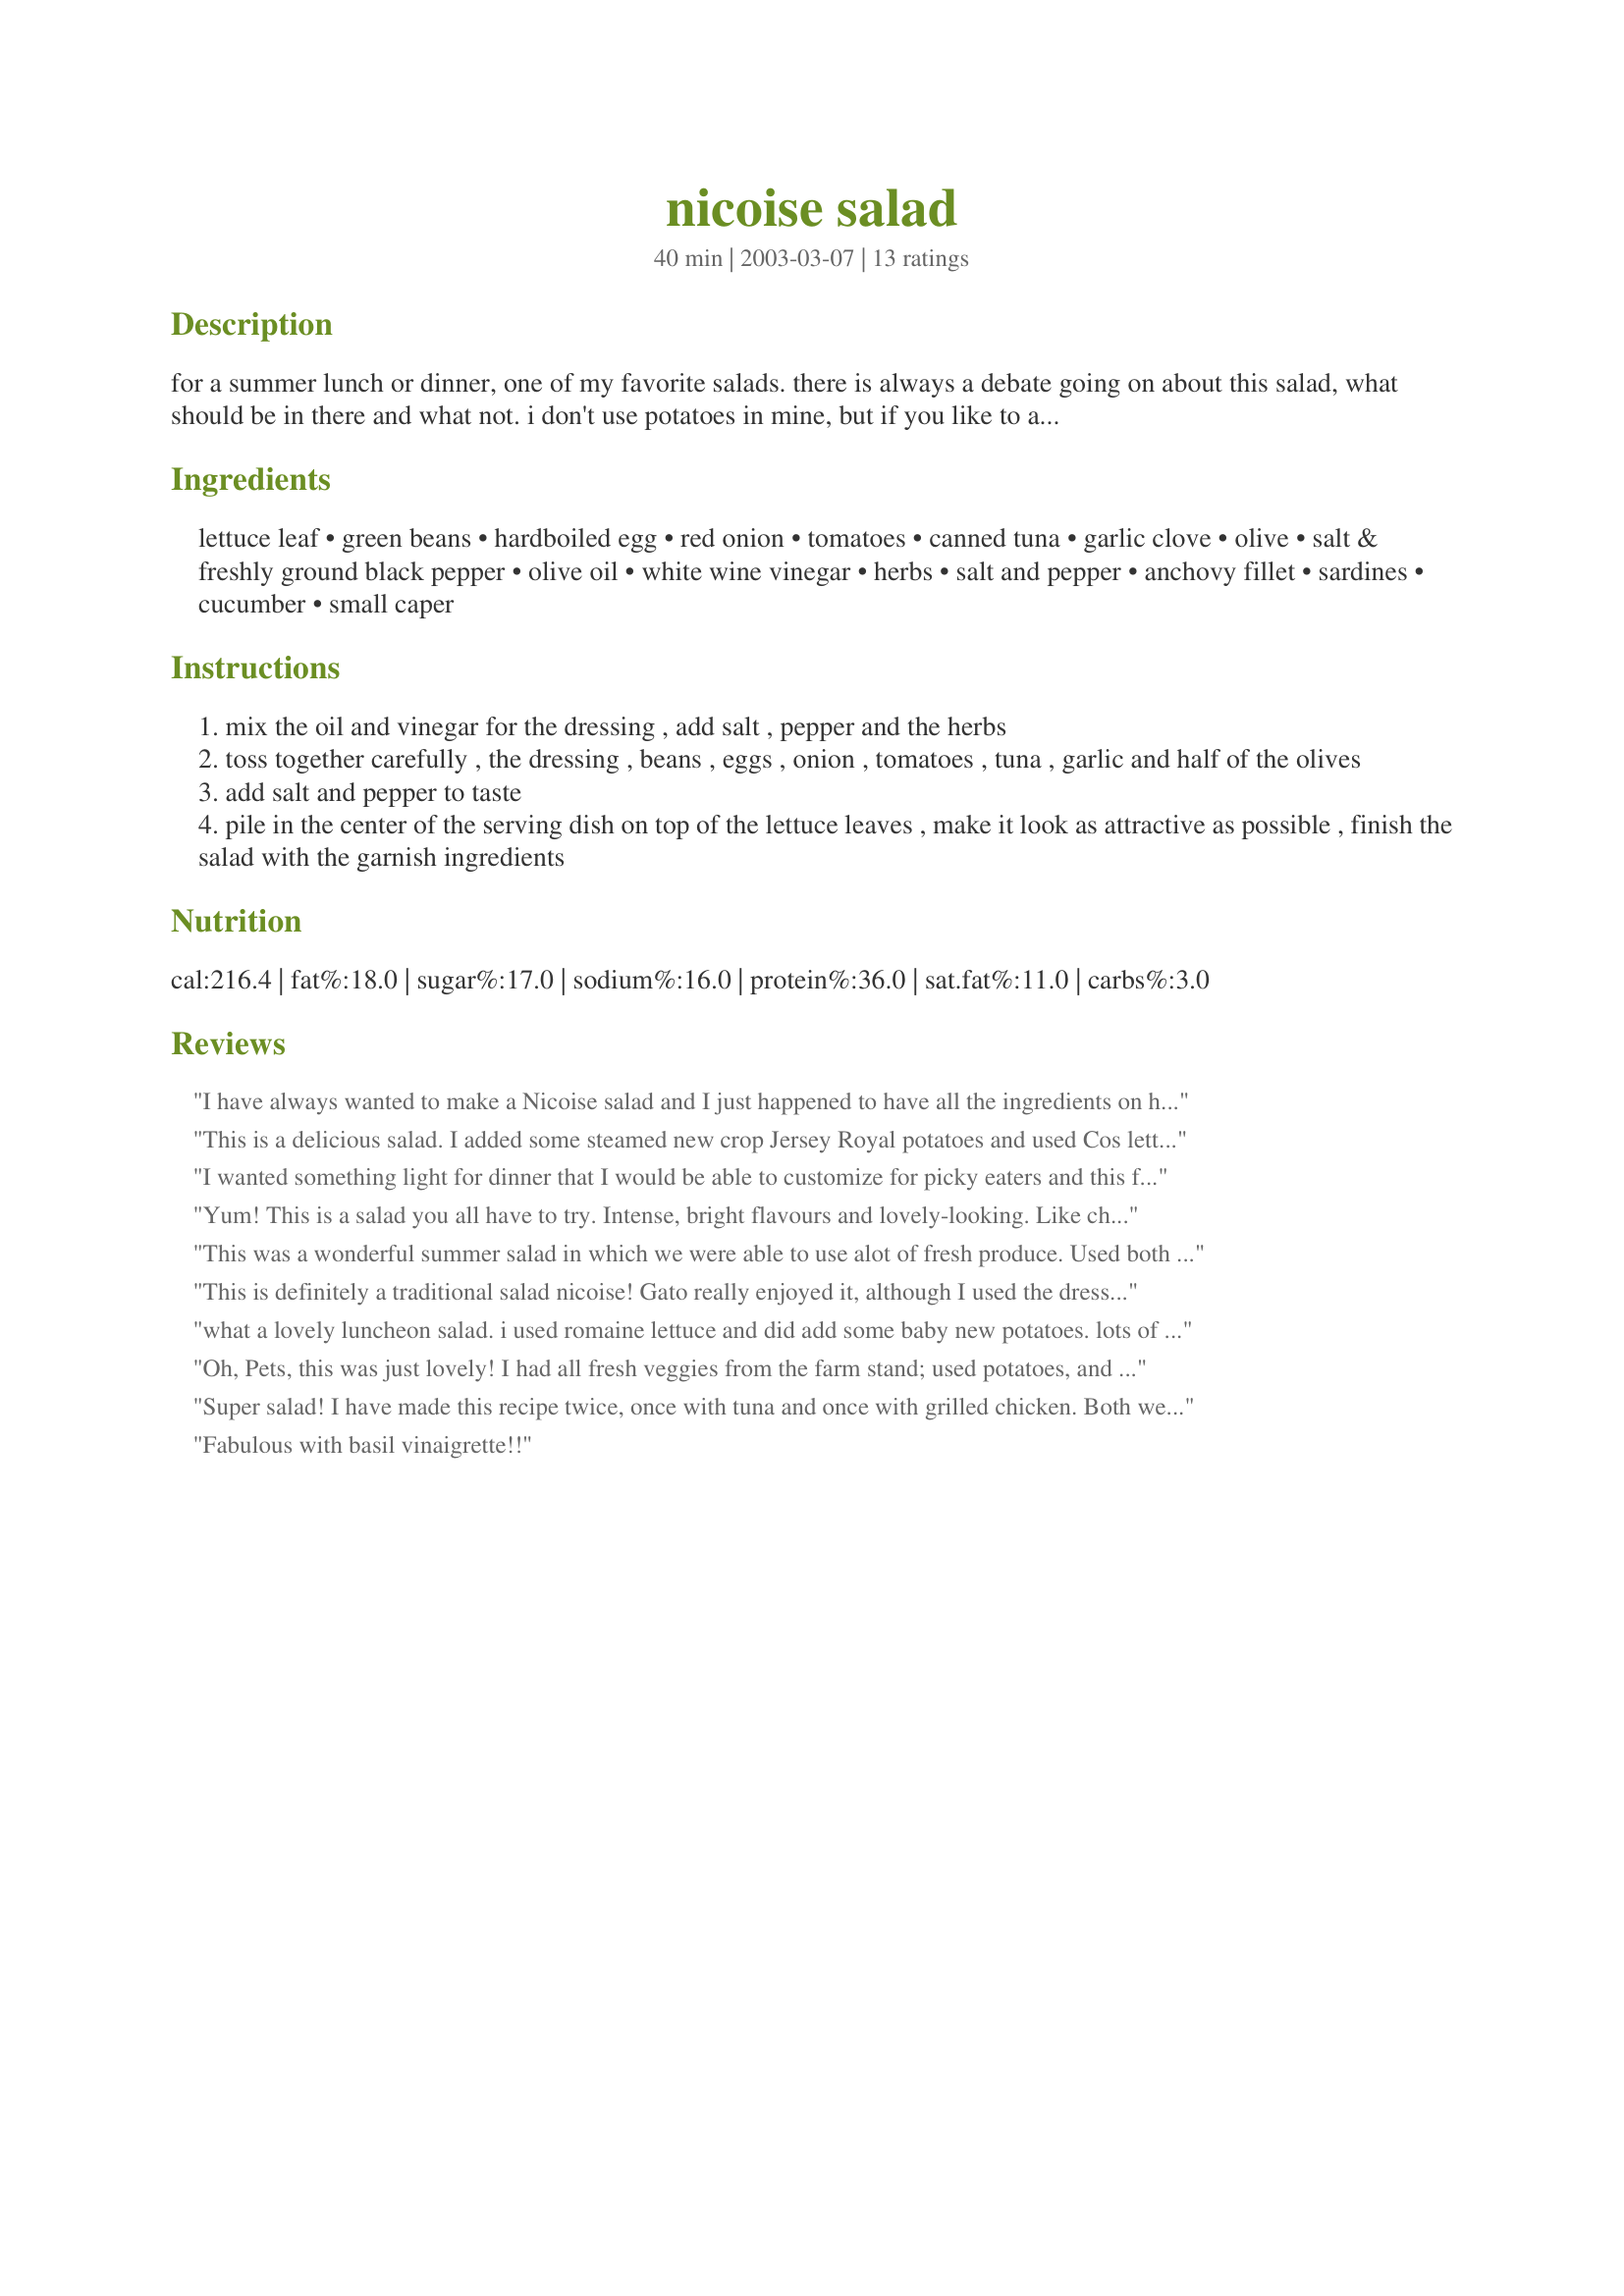
nicoise salad
Preparation time: 40 minutes

for a summer lunch or dinner, one of my favorite salads. there is always a debate going on about this salad, what should be in there and what not. i don't use potatoes in mine, but if you like to add them, do so. i have added the sardines because i like them in this salad, but you can leave them out. the dressing can be drizzled over the salad instead of mixing it in, or you can use your own favorite dressing. serve with some nice bread, and a glass of wine (of course!) cook time of the beans is not included.

Ingredients:
lettuce leaf, green beans, hardboiled egg, red onion, tomatoes, canned tuna, garlic clove, olive, salt & freshly ground black pepper, olive oil, white wine vinegar, herbs, salt and pepper, anchovy fillet, sardines, cucumber, small caper

Steps:
mix the oil and vinegar for the dressing , add salt , pepper and the herbs
toss together carefully , the dressing , beans , eggs , onion , tomatoes , tuna , garlic and half of the olives
add salt and pepper to taste
pile in the center of the serving dish on top of the lettuce leaves , make it look as attractive as possible , finish the salad with the garnish ingredients

Reviews:
I have always wanted to make a Nicoise salad and I just happened to have all the ingredients on hand (except anchovies and sardines). I prepared it according to the recipe with wonderful results. Very healthy meal (especially if you include red wine as suggested!) It is very simple to make, tastes great and the presentation is lovely. I can see making this quite often, especially in the summer when the tomatoes actually taste like tomatoes! Definitely a keeper. Thanks Pets!
This is a delicious salad. I added some steamed new crop Jersey Royal potatoes and used Cos lettuce. I also used a mixture of green beans and shelled broad beans. Did not do the sardines, and mashed the anchovy into the dressing just as a personal preference. Thanks for a great recipe!
I wanted something light for dinner that I would be able to customize for picky eaters and this fit the bill. My son felt that it was okay, but the rest of us enjoyed it. I added tarragon and a tiny bit of dried herbs de province to the dressing and I quite enjoyed it and will use it for other salads in the future.
Yum! This is a salad you all have to try. Intense, bright flavours and lovely-looking. Like chia, I also added a few steamed baby potatoes (they really taste great with the dressing) and just anchovies - no sardines.
This was a wonderful summer salad in which we were able to use alot of fresh produce. Used both sardines and anchovies. Each mouthful had a different taste as there are so many different ingredients. My husband made this salad for our dinner and he too loved it!!!!!! I've never seen him enjoy a salad as much as this one. I will make this again and again. Thanks for posting.
This is definitely a traditional salad nicoise! Gato really enjoyed it, although I used the dressing from Recipe #33410 because I had all of the ingredients on hand. Both this salad and that dressing were absolutely wonderful and Gato has requested a repeat. Thanks Pets 'R Us.
what a lovely luncheon salad. i used romaine lettuce and did add some baby new potatoes. lots of cucumbers and tomatoes, lots of anchovies, no sardines. i really enjoyed the tarragon in the dressing, which i sprinkled over all.
Oh, Pets, this was just lovely! I had all fresh veggies from the farm stand; used potatoes, and threw in a little purple bell pepper, too! DH reminded me of how many times we had this on our honeymoon (ah yes, I remember it well!). I've wanted to make this for years, finally glad I found your recipe!
Super salad! I have made this recipe twice, once with tuna and once with grilled chicken. Both were delicious. I love the light spring feeling with your combination of vegetables. And it's versatile. When I had grilled chicken to use up, I added new potatoes and cucumbers and skipped anchovies and sardines. It was even a hit with the kids. Next time I will add avocado and in any case, though I did like yours, everyone is allowed to choose their own dressing. Thank you for posting!
Fabulous with basil vinaigrette!!
Made for a great fresh-tasting and light dinner! I was concerned that it might taste too "fishy" but it really does not...more like crunchy with the lettuce, beans and tomatoes and briny with the capers, olives..loved it, thanks.
Very nice - we found we needed a lot more dressing. Grilled albacore steak instead of using canned tuna (yum) Omitted the sardines and anchovies and added avocado.
WOW!!!
It looked great, smelt fantastic and the taste.....was devine!!!
Didn't use sardines, anchovies or capers and had to use green olives instead of black, but was still the best..thanks pets!
